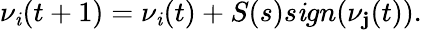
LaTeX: \nu_{\mathit{i}}(t+1)=\nu_{\mathit{i}}(t)+S(s)s\mathit{i}gn(\nu_{\mathbf{j}}(t)).